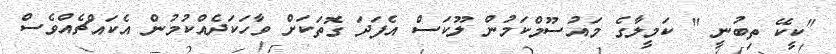
"ކީކޭ ތިބުނީ " ކަމީލާގެ މައުސޫމްކަމުން ލޫކަސް އެފަދަ ގޮތަކަށް ވާހަކަދެއްކުމުން އެކައްޗެއްވެސް